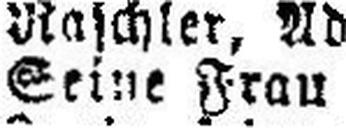
Seine Frau